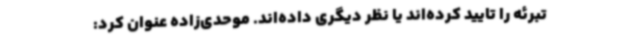
تبرئه را تایید کرده‌اند یا نظر دیگری داده‌اند. موحدی‌زاده عنوان کرد: